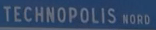
TECHNOPOLIS NORD